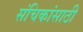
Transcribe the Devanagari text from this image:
संचिकांसाठी